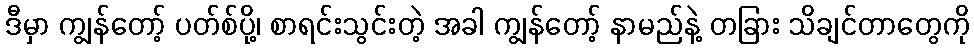
ဒီမှာ ကျွန်တော့် ပတ်စ်ပို့၊ စာရင်းသွင်းတဲ့ အခါ ကျွန်တော့် နာမည်နဲ့ တခြား သိချင်တာတွေကို